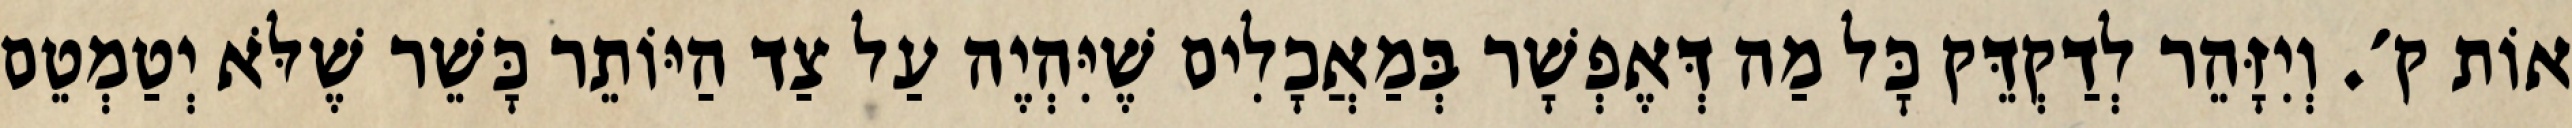
אוֹת ק׳. וְיִזָּהֵר לְדַקְדֵּק כׇּל מַה דְּאֶפְשָׁר בְּמַאֲכָלִים שֶׁיִּהְיֶה עַל צַד הַיּוֹתֵר כָּשֵׁר שֶׁלֹּא יְטַמְטֵם